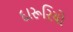
દારૂરિયો